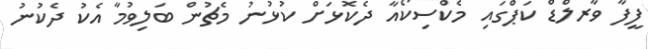
ފީފާ ވާރލްޑް ކަޕްގައި މެކްސިކޯއާ ދެކޮޅަށް ކުޅުނު މެޗުން ބަލިވުމާ އެކު ދެކުނު